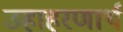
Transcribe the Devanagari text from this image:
उहाहरणार्थ